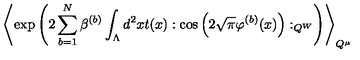
\left\langle \exp \left( 2 \sum _ { b = 1 } ^ { N } \beta ^ { ( b ) } \int _ { \Lambda } d ^ { 2 } x t ( x ) : \cos \left( 2 \sqrt { \pi } \varphi ^ { ( b ) } ( x ) \right) : _ { Q ^ { W } } \right) \right\rangle _ { Q ^ { \mu } }